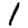
Digit: 1